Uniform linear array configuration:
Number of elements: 16
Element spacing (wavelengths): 1
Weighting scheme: kaiser
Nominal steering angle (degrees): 0
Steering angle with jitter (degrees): -0.2709
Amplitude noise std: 0.05
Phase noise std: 0.05

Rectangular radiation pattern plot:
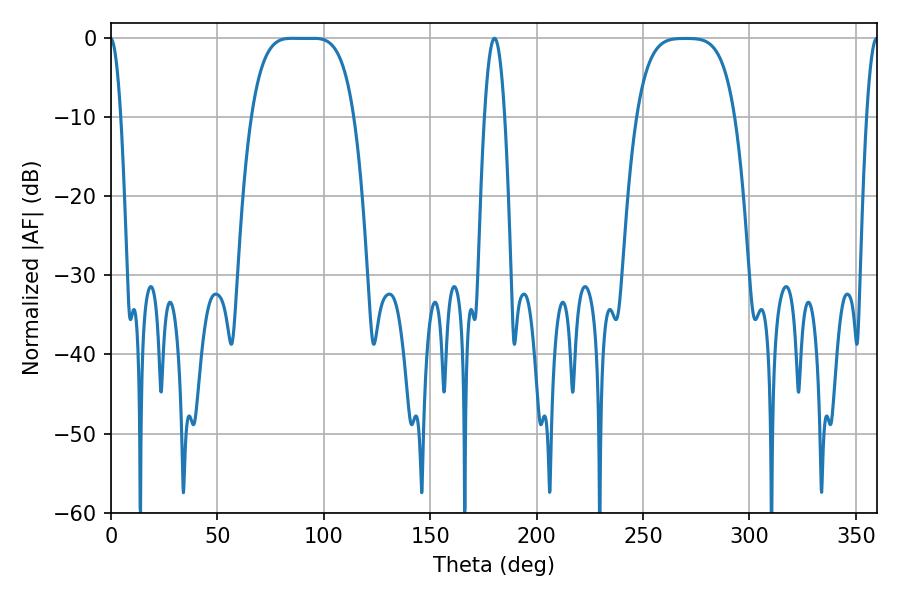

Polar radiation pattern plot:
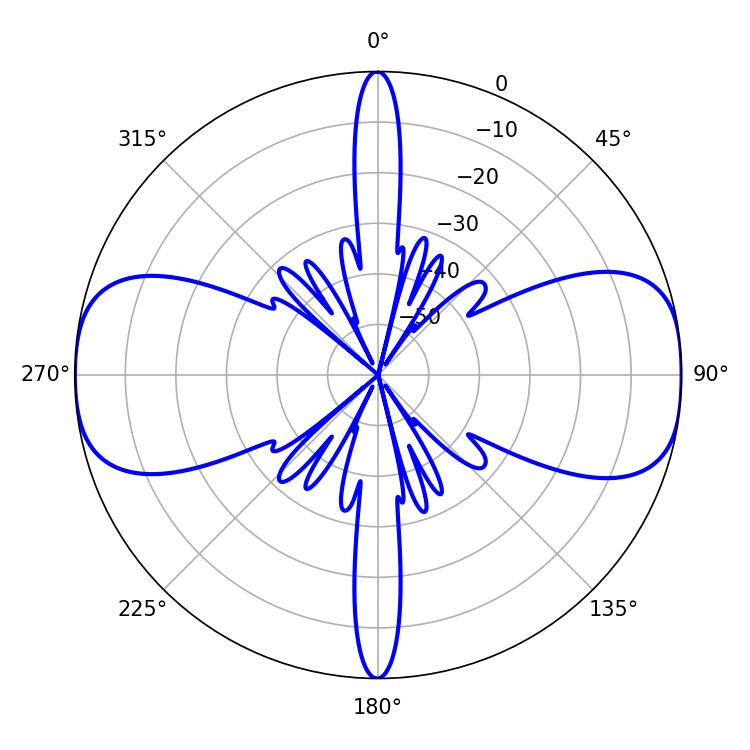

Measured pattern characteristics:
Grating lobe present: TRUE
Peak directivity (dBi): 16.034
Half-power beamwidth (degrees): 36.36
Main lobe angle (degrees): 85.14